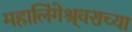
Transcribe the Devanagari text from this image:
महालिंगेश्र्वराच्या